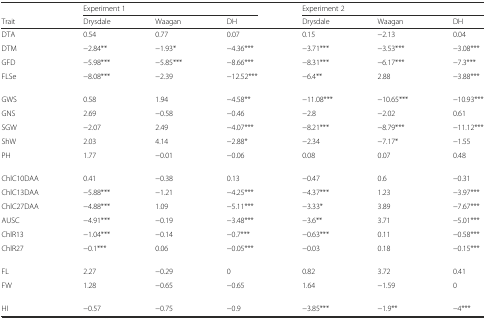
<table><thead><tr><td></td><td colspan="3"><b>Experiment 1</b></td><td colspan="3"><b>Experiment 2</b></td></tr><tr><td><b>Trait</b></td><td><b>Drysdale</b></td><td><b>Waagan</b></td><td><b>DH</b></td><td><b>Drysdale</b></td><td><b>Waagan</b></td><td><b>DH</b></td></tr></thead><tbody><tr><td>DTA</td><td>0.54</td><td>0.77</td><td>0.07</td><td>0.15</td><td>−2.13</td><td>0.04</td></tr><tr><td>DTM</td><td>−2.84**</td><td>−1.93*</td><td>−4.36***</td><td>−3.71***</td><td>−3.53***</td><td>−3.08***</td></tr><tr><td>GFD</td><td>−5.98***</td><td>−5.85***</td><td>−8.66***</td><td>−8.31***</td><td>−6.17***</td><td>−7.3***</td></tr><tr><td>FLSe</td><td>−8.08***</td><td>−2.39</td><td>−12.52***</td><td>−6.4**</td><td>2.88</td><td>−3.88***</td></tr><tr><td>GWS</td><td>0.58</td><td>1.94</td><td>−4.58**</td><td>−11.08***</td><td>−10.65***</td><td>−10.93***</td></tr><tr><td>GNS</td><td>2.69</td><td>−0.58</td><td>−0.46</td><td>−2.8</td><td>−2.02</td><td>0.61</td></tr><tr><td>SGW</td><td>−2.07</td><td>2.49</td><td>−4.07***</td><td>−8.21***</td><td>−8.79***</td><td>−11.12***</td></tr><tr><td>ShW</td><td>2.03</td><td>4.14</td><td>−2.88*</td><td>−2.34</td><td>−7.17*</td><td>−1.55</td></tr><tr><td>PH</td><td>1.77</td><td>−0.01</td><td>−0.06</td><td>0.08</td><td>0.07</td><td>0.48</td></tr><tr><td>ChlC10DAA</td><td>0.41</td><td>−0.38</td><td>0.13</td><td>−0.47</td><td>0.6</td><td>−0.31</td></tr><tr><td>ChlC13DAA</td><td>−5.88***</td><td>−1.21</td><td>−4.25***</td><td>−4.37***</td><td>1.23</td><td>−3.97***</td></tr><tr><td>ChlC27DAA</td><td>−4.88***</td><td>1.09</td><td>−5.11***</td><td>−3.33*</td><td>3.89</td><td>−7.67***</td></tr><tr><td>AUSC</td><td>−4.91***</td><td>−0.19</td><td>−3.48***</td><td>−3.6**</td><td>3.71</td><td>−5.01***</td></tr><tr><td>ChlR13</td><td>−1.04***</td><td>−0.14</td><td>−0.7***</td><td>−0.63***</td><td>0.11</td><td>−0.58***</td></tr><tr><td>ChlR27</td><td>−0.1***</td><td>0.06</td><td>−0.05***</td><td>−0.03</td><td>0.18</td><td>−0.15***</td></tr><tr><td>FL</td><td>2.27</td><td>−0.29</td><td>0</td><td>0.82</td><td>3.72</td><td>0.41</td></tr><tr><td>FW</td><td>1.28</td><td>−0.65</td><td>−0.65</td><td>1.64</td><td>−1.59</td><td>0</td></tr><tr><td>HI</td><td>−0.57</td><td>−0.75</td><td>−0.9</td><td>−3.85***</td><td>−1.9**</td><td>−4***</td></tr></tbody></table>